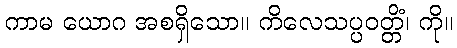
ကာမ ယောဂ အစရှိသော။ ကိလေသပ္ပဝတ္တိံ၊ ကို။